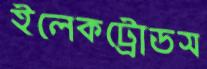
ইলেকট্রোডস